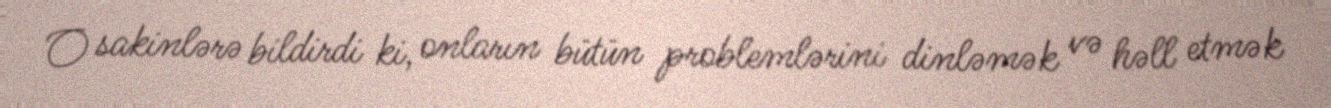
O sakinlərə bildirdi ki, onların bütün problemlərini dinləmək və həll etmək